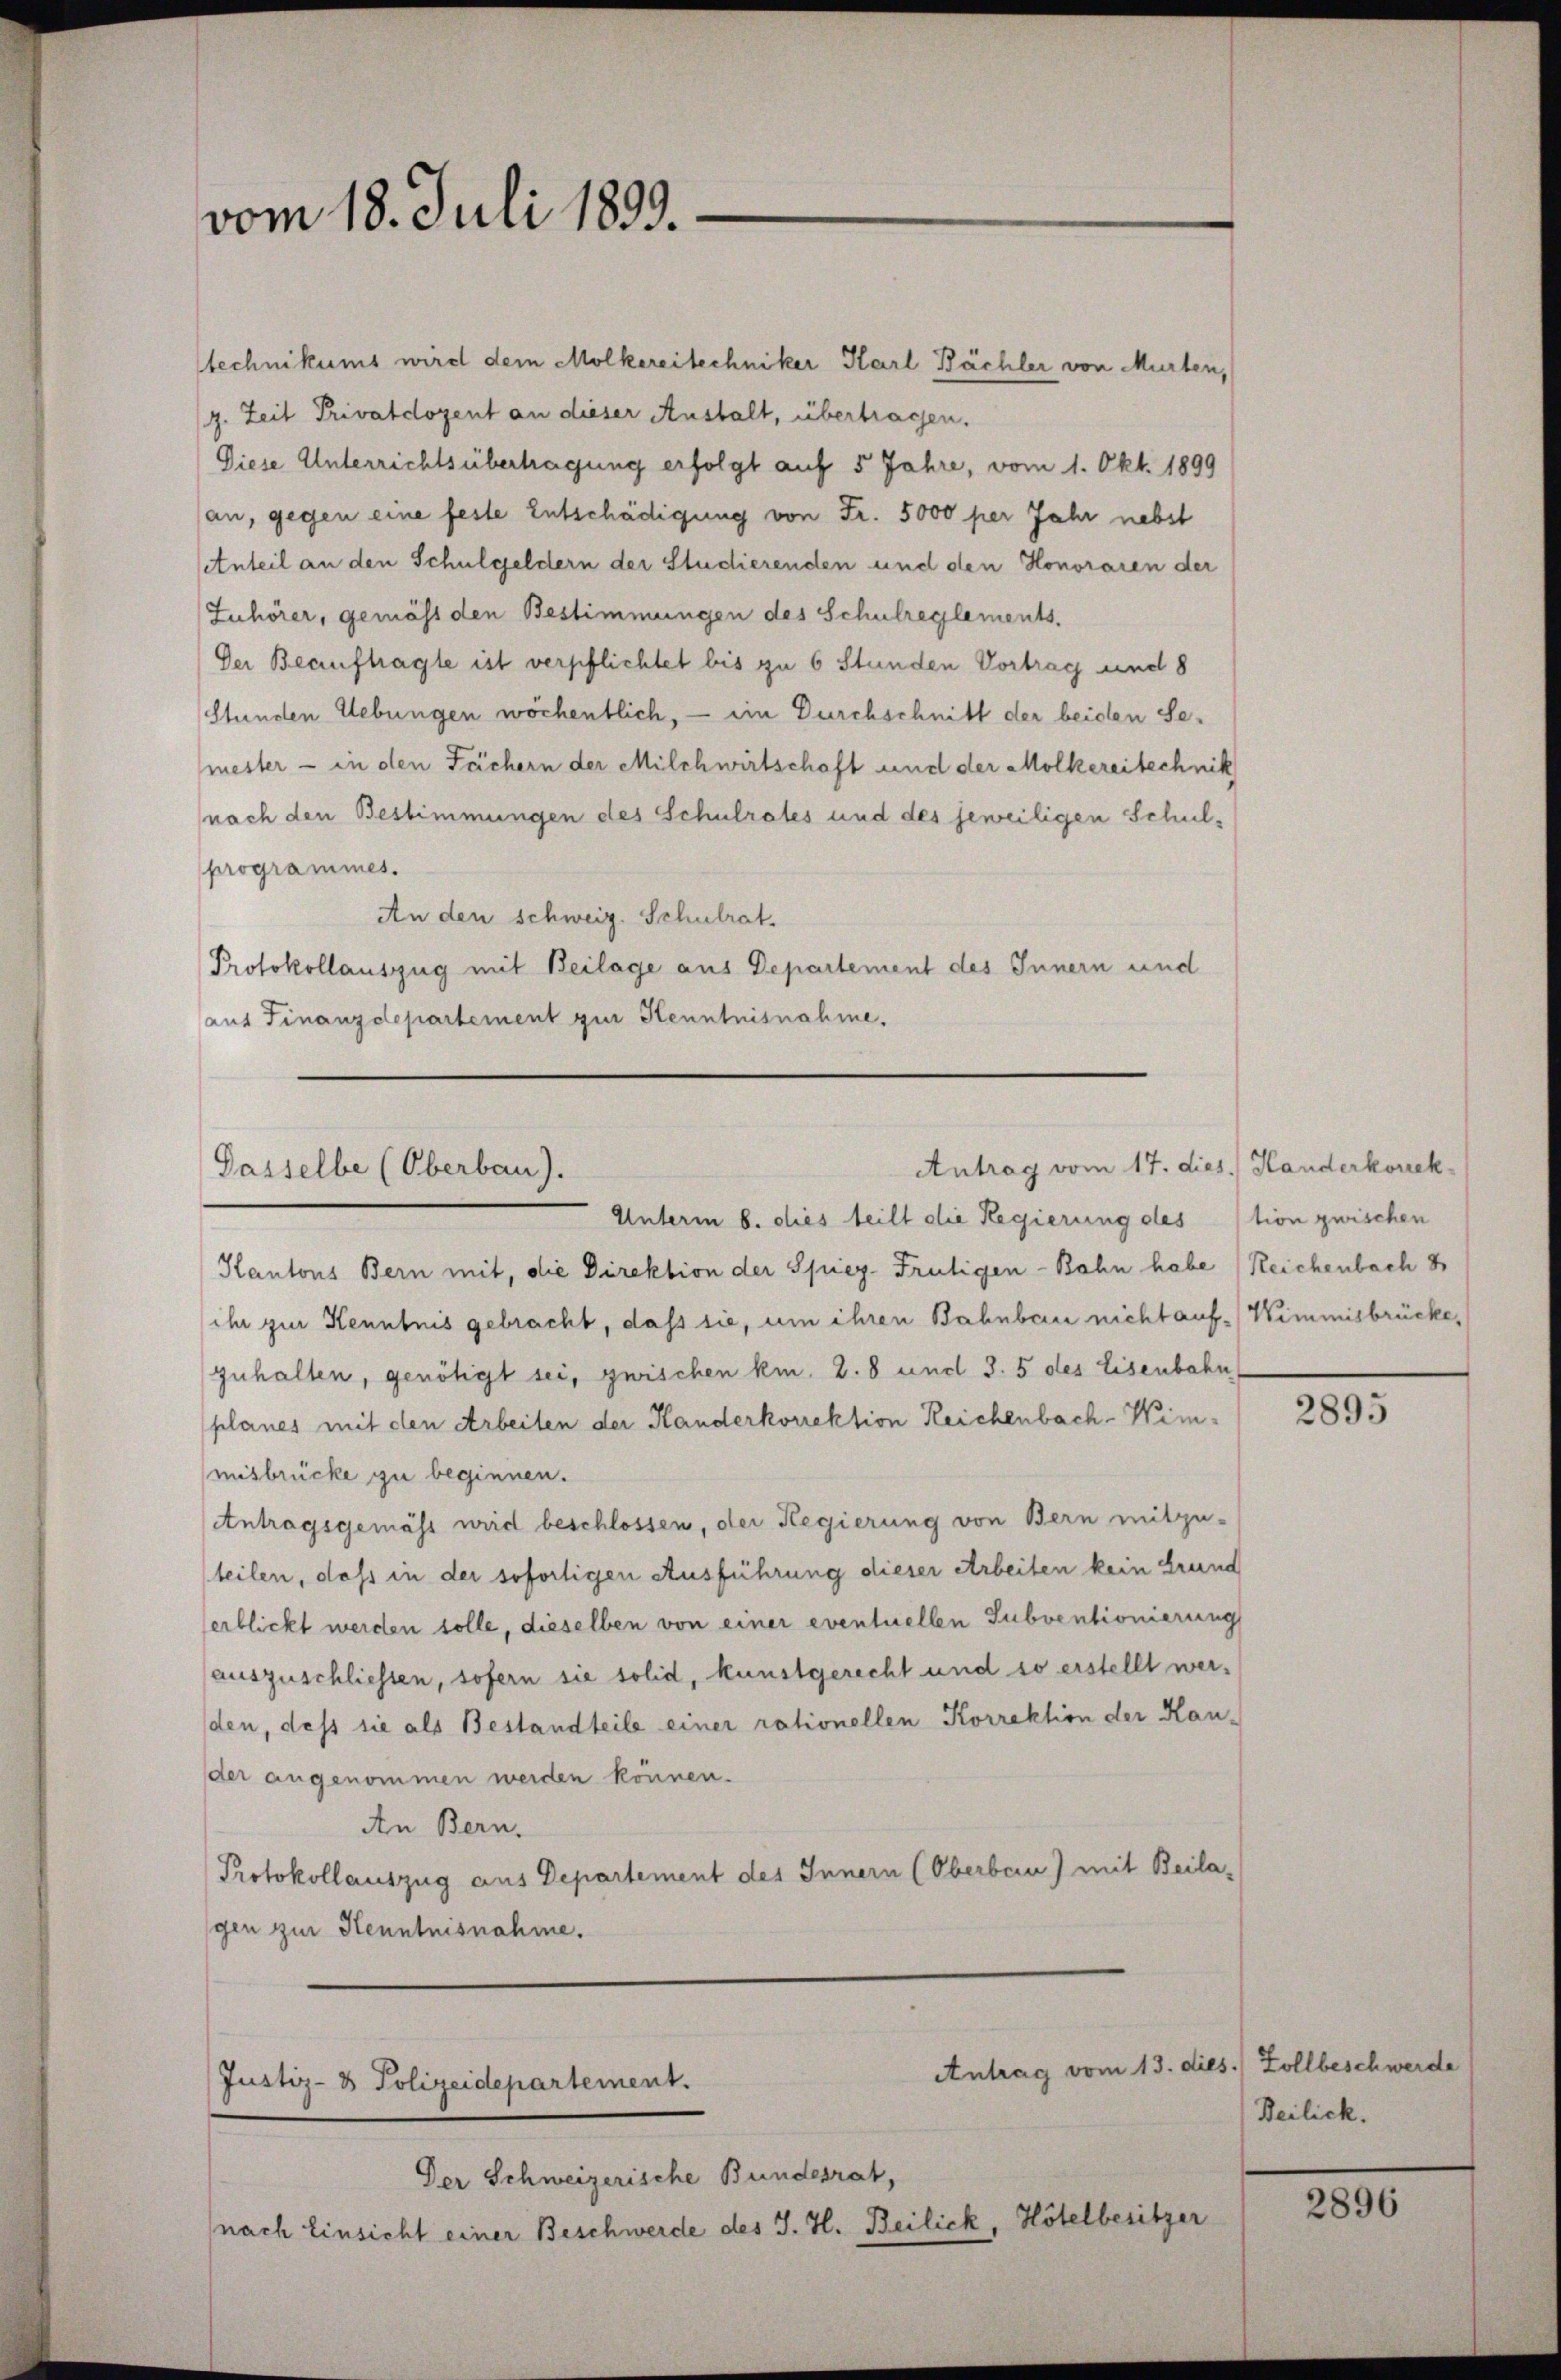
vom 18. Juli 1899.

stechnikums wird dem Mölkereitechniker Karl Bächler von Murten,
(g. Zeit Privatdozent an dieser Anstalt, übertragen.
Diese Unterrichtsübertragung erfolgt auf 5 Jahre, vom 1. Okt. 1899
an, gegen eine feste Entschädigung von Fr. 5000 per Jahr nebst
Anteil an den Schulgeldern der Studierenden und den Honoraren der
Zuhörer, gemäss den Bestimmungen des Schulreglements.
Der Beauftragte ist verpflichtet bis zu 6 Stunden Vortrag und 8
Stunden Uebungen wöchentlich, — im Durchschnitt der beiden Semester - in den Fächern der Milchwirtschaft und der Mölkereitechnik
nach den Bestimmungen des Schulrates und des jeweiligen Schulprogrammes.
An den schweiz. Schulrat.
Protokollauszug mit Beilage aus Departement des Innern und
aus Finanzdepartement zur Kenntnisnahme.

Antrag vom 17. dies. Handerkorek
Passelbe (Oberbau).

Unterm 6. dies teilt die Regierung des stion zwischen
Kantons Bern mit, die Direktion der Spiez. Frutigen-Bahn habe (Reichenbach 8
ihr zur Kenntnis gebracht, daß sie, um ihren Bahnbau nicht auf Wimmisbrücke,
zuhalten, genötigt sei, zwischen kn. 2. 8 und 3. 5 des Eisenbahn
planes mit den Arbeiten der Kanderkorrektion Reichenbach-Wimmitbrücke zu beginnen.
Antragsgemäss wird beschlossen, der Regierung von Bern mitzu-
teilen, dass in der sofortigen Ausführung dieser Arbeiten kein Grund
erblickt werden solle, dieselben von einer eventuellen Subventionierung
auszuschliessen, sofern sie solid, kunstgerecht und so erstellt werden, daß sie als Bestandteile einer rationellen Korrektion der Kander angenommen werden können.
An Bern.
Protokollauszug aus Departement des Innern (Oberbern) mit Beilagen zur Kenntnisnahme.

Justiz- & Polizeidepartement.

Antrag vom 13. dies. Zollbeschwerde

Der Schweizerische Bundesrat,
nach Einsicht einer Beschwerde des J. H. Beilick, Hötelbesitzer

2895

Beilick.

2896